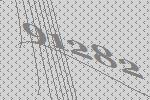
91282